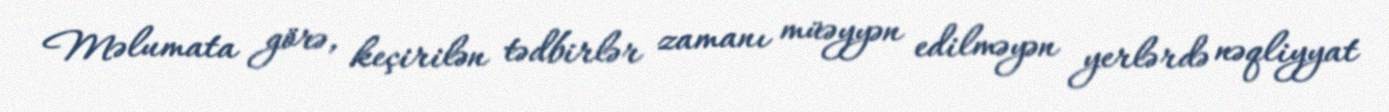
Məlumata görə, keçirilən tədbirlər zamanı müəyyən edilməyən yerlərdə nəqliyyat